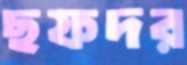
ছফদর